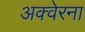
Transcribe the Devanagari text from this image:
अक्वेरना